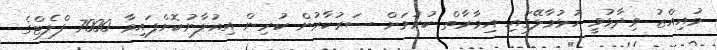
މުއިއްޒު ވިދާޅުވީ ހުޅުމާލޭގައި އިމާރާތް ކުރުމަށް ސަރުކާރުން ކުރިން އިއުލާނުކޮށްފައިވާ 7000 ފްލެޓްގެ